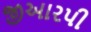
જીઆરપી